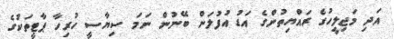
އަދި މަޖިލީހުގެ ރައްޔިތުންގެ އަޑު އުފުލަން ބޭނުން ނަމަ ސިޔާސީ ހުރިހާ ޕާޓީތަކުގެ